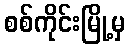
စစ်ကိုင်းမြို့မှ